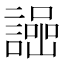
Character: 𧬌